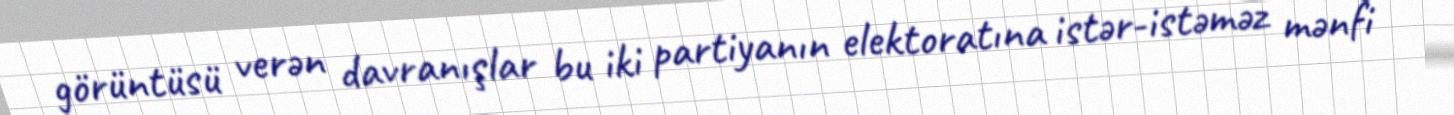
görüntüsü verən davranışlar bu iki partiyanın elektoratına istər-istəməz mənfi